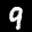
Label: 9